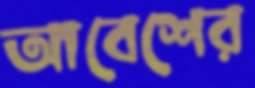
আবেশের